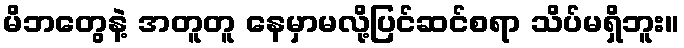
မိဘတွေနဲ့ အတူတူ နေမှာမလို့ပြင်ဆင်စရာ သိပ်မရှိဘူး။